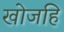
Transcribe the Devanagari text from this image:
खोजहि